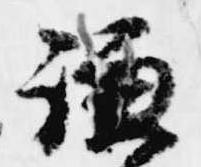
謙